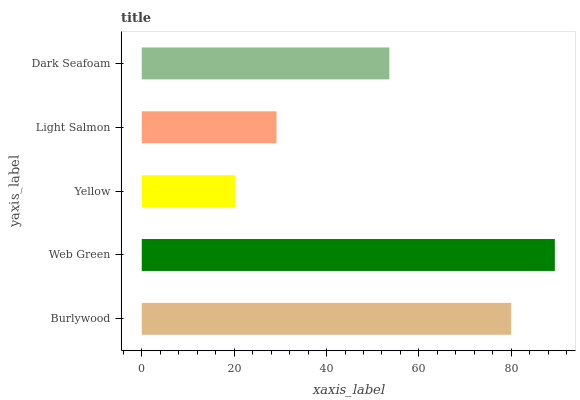
| yaxis_label | bars |
 | --- | --- |
 | Burlywood | 80 |
 | Web Green | 89.4 |
 | Yellow | 20.2 |
 | Light Salmon | 29.2 |
 | Dark Seafoam | 53.6 |